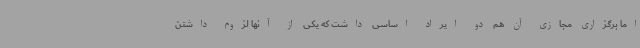
اما برگزاری مجازی آن هم دو ایراد اساسی داشت که یکی از آنها لزوم داشتن